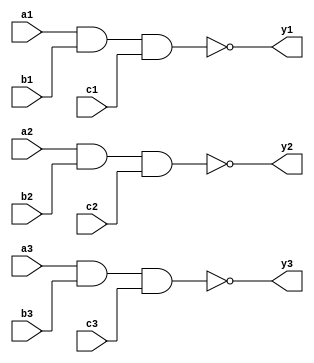
`timescale 1ns / 1ps
/////////////////////////////////////////////////////////////////
// Module Name: tri_3_input_nand_gate
// Description: Three 3-input NAND gate with DELAY configuration parameter
// Parameters: DELAY
/////////////////////////////////////////////////////////////////

module tri_3_input_nand_gate#(parameter DELAY = 10)(
    input wire a1,b1,c1,a2,b2,c2,a3,b3,c3,
    output wire y1,y2,y3
    );
    
    nand #DELAY (y1,a1,b1,c1);
    nand #DELAY (y2,a2,b2,c2);
    nand #DELAY (y3,a3,b3,c3);
    
endmodule